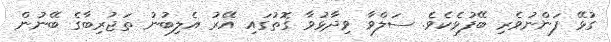
ގުޅޭ ފަންނުވެރި ބޭފުޅެކެވެ. ސަލްވާ ވިދާޅުވާ ގޮތުގައި އޭރު އެލިބުނު ތަޖުރިބާގެ ބޭނުން